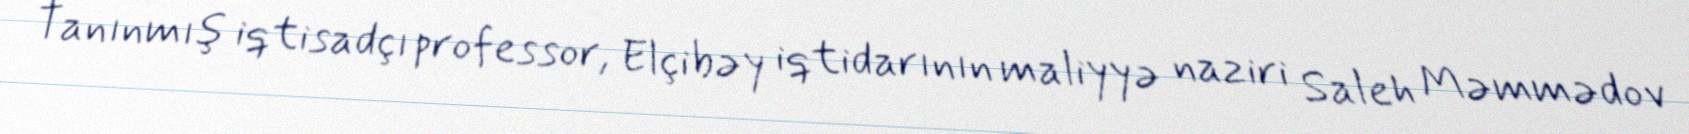
Tanınmış iqtisadçı professor, Elçibəy iqtidarının maliyyə naziri Saleh Məmmədov